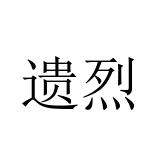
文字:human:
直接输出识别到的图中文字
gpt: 遗烈